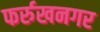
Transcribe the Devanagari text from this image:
फर्रुखनगर